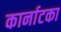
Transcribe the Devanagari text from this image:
कार्नाटका